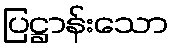
ပြဋ္ဌာန်းသော